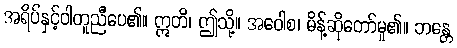
အရိပ်နှင့်ဝါတူညီပေ၏။ ဣတိ၊ ဤသို့။ အဝေါစ၊ မိန့်ဆိုတော်မူ၏။ ဘန္တေ